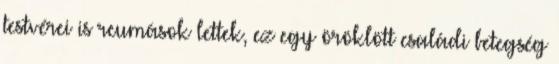
testvérei is reumások lettek, ez egy öröklött családi betegség